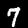
Label: 7